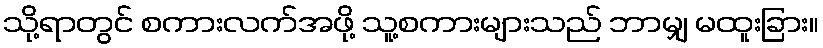
သို့ရာတွင် စကားလက်အဖို့ သူ့စကားများသည် ဘာမျှ မထူးခြား။